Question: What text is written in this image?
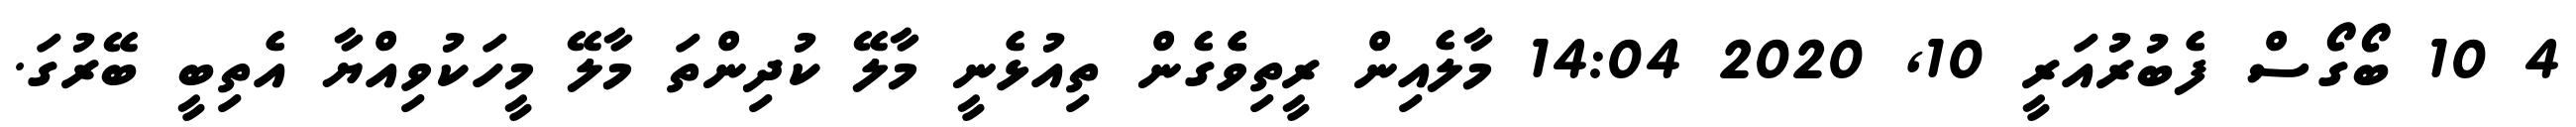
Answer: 4 10 ބޯގޯސް ފެބުރުއަރީ 10, 2020 14:04 މާލެއިން ރީތިވެެގެން ތިއުޅެނީ މާލޭ ކުދިންތަ މާލޭ މީހަކުވިއްޔާ އެތިބީ ބޭރުގަ.